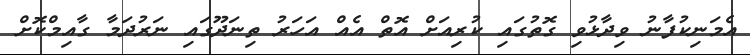
އެމަނިކުފާނު ވިދާޅުވި ގޮތުގައި ކުރިއަށް އޮތް އެއް އަހަރު ތިނަދޫގައި ނަރުދަމާ ގާއިމްކޮށް